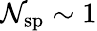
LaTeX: \mathcal{N}_{\mathrm{{sp}}}\sim1